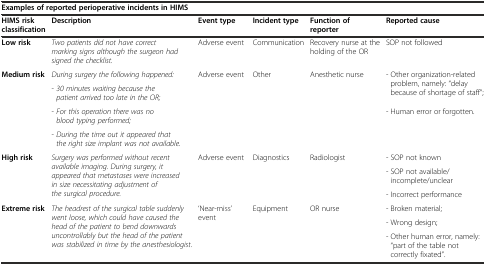
<table><thead><tr><td colspan="6"><b>Examples of reported perioperative incidents in HIMS</b></td></tr><tr><td><b>HIMS risk classification</b></td><td><b>Description</b></td><td><b>Event type</b></td><td><b>Incident type</b></td><td><b>Function of reporter</b></td><td><b>Reported cause</b></td></tr></thead><tbody><tr><td><b>Low risk</b></td><td><i>Two patients did not have correct marking signs although the surgeon had signed the checklist.</i></td><td>Adverse event</td><td>Communication</td><td>Recovery nurse at the holding of the OR</td><td>SOP not followed</td></tr><tr><td rowspan="4"><b>Medium risk</b></td><td><i>During surgery the following happened:</i></td><td rowspan="4">Adverse event</td><td rowspan="4">Other</td><td rowspan="4">Anesthetic nurse</td><td rowspan="2">- Other organization-related problem, namely: “delay because of shortage of staff”;</td></tr><tr><td>- <i>30 minutes waiting because the patient arrived too late in the OR;</i></td></tr><tr><td>- <i>For this operation there was no blood typing performed;</i></td><td rowspan="2">- Human error or forgotten.</td></tr><tr><td>- <i>During the time out it appeared that the right size implant was not available.</i></td></tr><tr><td rowspan="3"><b>High risk</b></td><td rowspan="3"><i>Surgery was performed without recent available imaging. During surgery, it appeared that metastases were increased in size necessitating adjustment of the surgical procedure.</i></td><td rowspan="3">Adverse event</td><td rowspan="3">Diagnostics</td><td rowspan="3">Radiologist</td><td>- SOP not known</td></tr><tr><td>- SOP not available/incomplete/unclear</td></tr><tr><td>- Incorrect performance</td></tr><tr><td rowspan="3"><b>Extreme risk</b></td><td rowspan="3"><i>The headrest of the surgical table suddenly went loose, which could have caused the head of the patient to bend downwards uncontrollably but the head of the patient was stabilized in time by the anesthesiologist.</i></td><td rowspan="3">‘Near-miss’ event</td><td rowspan="3">Equipment</td><td rowspan="3">OR nurse</td><td>- Broken material;</td></tr><tr><td>- Wrong design;</td></tr><tr><td>- Other human error, namely: “part of the table not correctly fixated”.</td></tr></tbody></table>